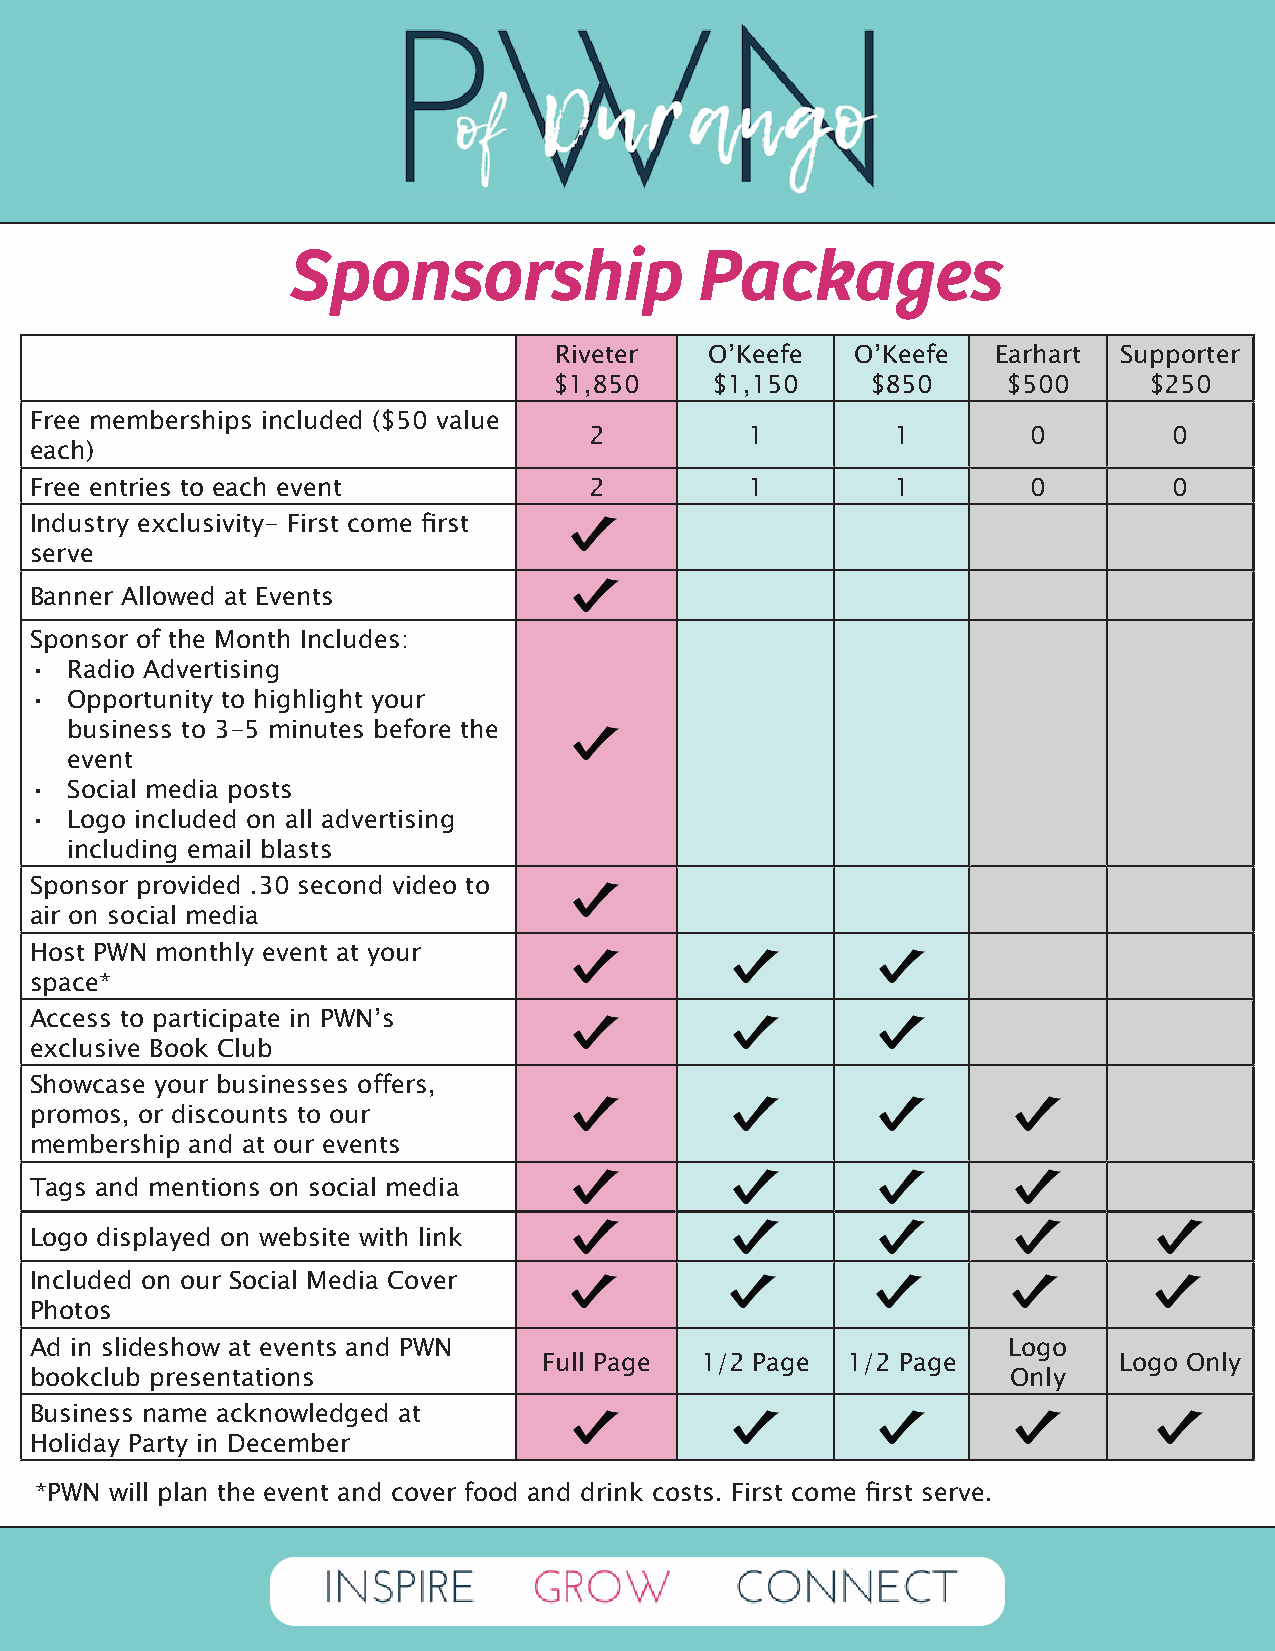
Sponsorship                Packages
 Riveter   O’Keefe   O’Keefe  Earhart Supporter
 $1,850    $1,150     $850     $500     $250
 Free memberships included ($50 value
 2         1         1        0         0
 each)
 Free entries to each event           2         1         1        0         0
 Industry exclusivity- First come first
 serve
 Banner Allowed at Events
 Sponsor of the Month Includes:
 • Radio Advertising
 • Opportunity to highlight your
 business to 3-5 minutes before the
 event
 • Social media posts
 • Logo included on all advertising
 including email blasts
 Sponsor provided .30 second video to
 air on social media
 Host PWN monthly event at your
 space*
 Access to participate in PWN’s
 exclusive Book Club
 Showcase your businesses offers,
 promos, or discounts to our
 membership and at our events
 Tags and mentions on social media
 Logo displayed on website with link
 Included on our Social Media Cover
 Photos
 Ad in slideshow at events and PWN                                Logo
 Full Page 1/2 Page  1/2 Page          Logo Only
 bookclub presentations                                           Only
 Business name acknowledged at
 Holiday Party in December
 *PWN will plan the event and cover food and drink costs. First come first serve.